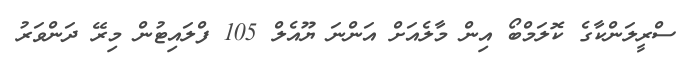
ސްރީލަންކާގެ ކޮލަމްބޯ އިން މާލެއަށް އަންނަ ޔޫއެލް 105 ފްލައިޓުން މިރޭ ދަންވަރު